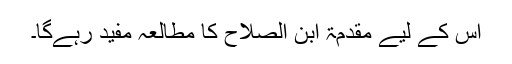
اس کے لیے مقدمۃ ابن الصلاح کا مطالعہ مفید رہےگا۔